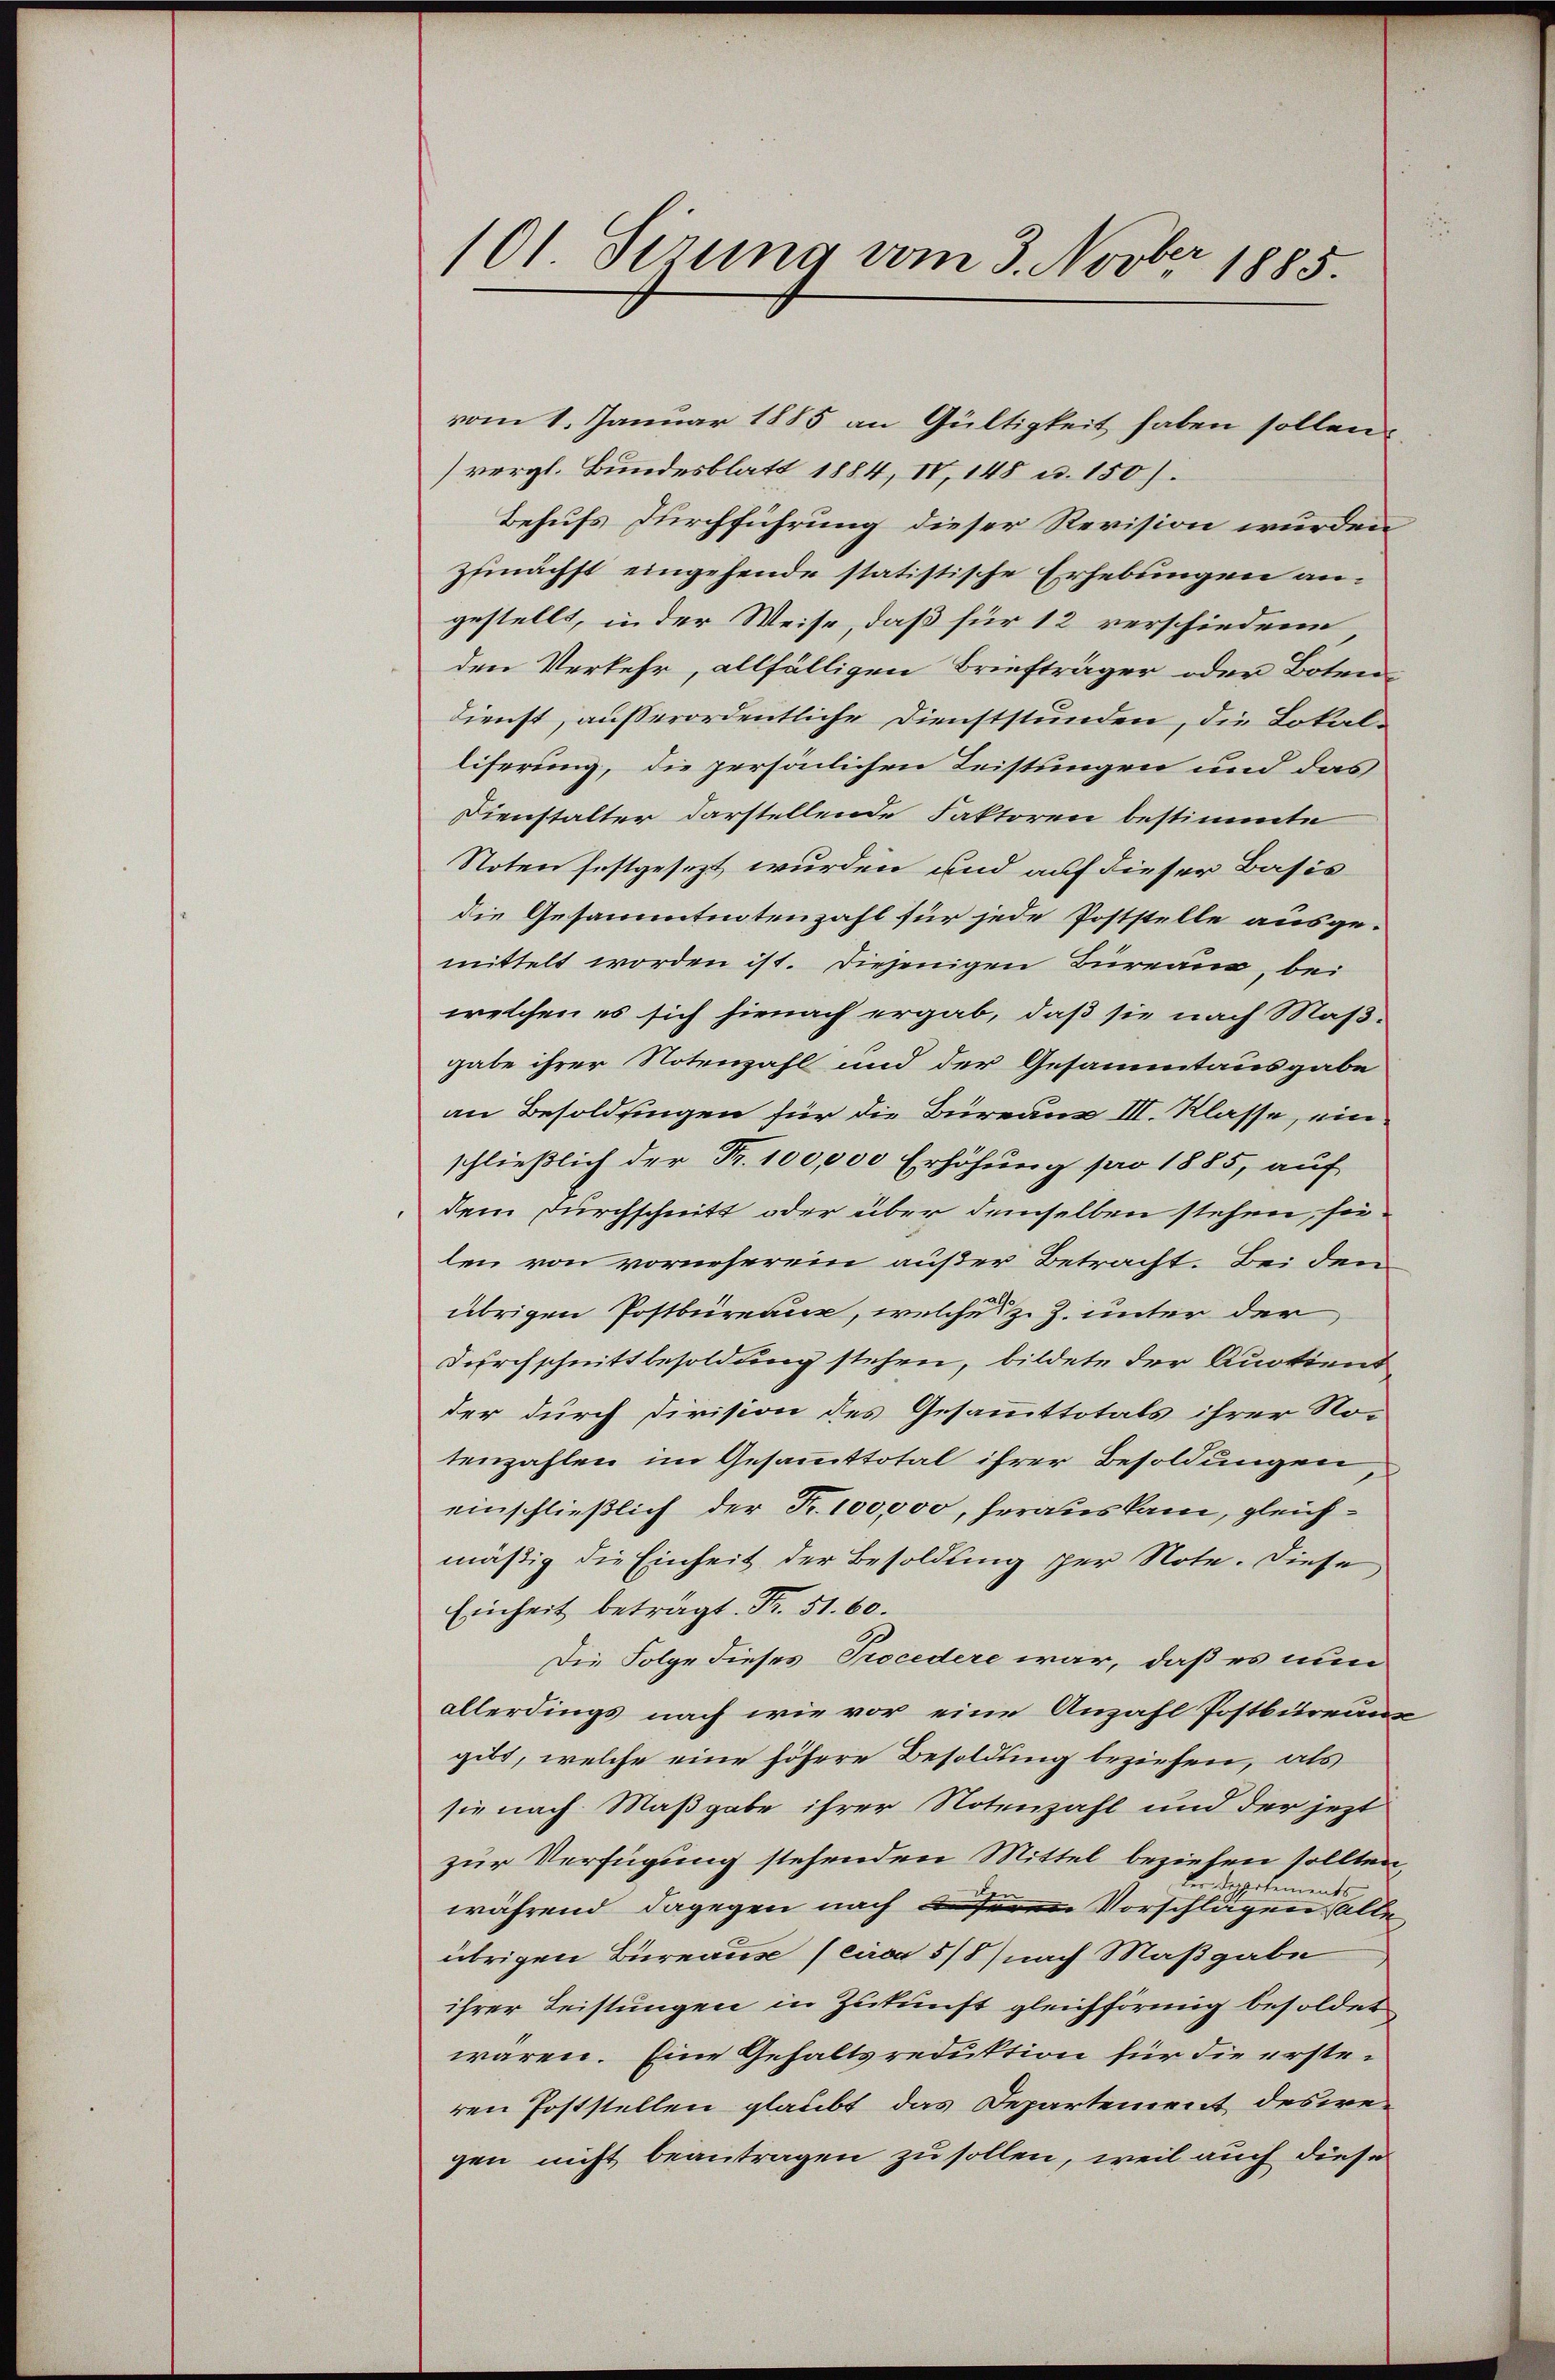
101 Sirung vom 3. Novber 1885.

vom 1. Januar 1885 an Gültigkeit haben sollen.
vergl. Bundesblatt 1884, IV, 148 u. 150).
Behufs Durchführung dieser Revision wurden
Zunächst eingehende statistische Erhebungen an.
gestellt, in der Weise, daß für 12 verschiedene
den Verkehr, allfälligen Briefträger oder Boten-
dienst, außerordentliche Dienststunden, die Lokalliferung, die persönlichen Leistungen und das
Dienstalter darstellende Faktoren bestimmte
Noten festgesezt wurden und auf dieser Basis
die Gesammtnotenzahl für jede Poststelle ausge-
mittelt worden ist. Diejenigen Bureau, bei
welchen es sich hienach ergab, daß sie nach Maß-
gabe ihrer Notenzahl und der Gesammtausgabe
an Besoldsingen für die Büren III. Klasse, ein.
schließlich der Fr. 100,000 Erhöhung pro 1885, auf
dem Durchschnitt oder über demselben stehen, sie
len von vorneherein außer Betracht. Bei den
übrigen Postbüreaux, welche z. Z. unter der
Durchschnitt besoldung stehen, bildete der Quotient
der durch Division des Gesammttotals ihrer No-
tenzahlen im Gesammttotal ihrer Besoldungen
einschließlich der Fr. 100,000, heraus kam, gleichmäßig die Einheit der Besoldung der Note. Diese
Einheit betragt. Fr. 51. 60.
Die Folge dieses Procedere war, daß es nun
allerdings nach wie vor eine Anzahl Postbureau
gibt, welche eine höhere Besoldung beziehen, als
sie nach Maßgabe ihrer Notenzahl und der jezt
zur Verfügung stehenden Mittel beziehen sollten,
Depotements
während dagegen nach anferen Vorschlägen alle
übrigen Bureaus (circa 5/8) nach Maßgabe
ihrer Leistungen in Zukunft gleichförmig besoldet
waren. Eine Gehaltsreduktion für die ersteren Poststellen glaubt das Departement deswegen nicht beantragen zu sollen, weil auch diese